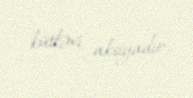
kütləvi aksiyadır.